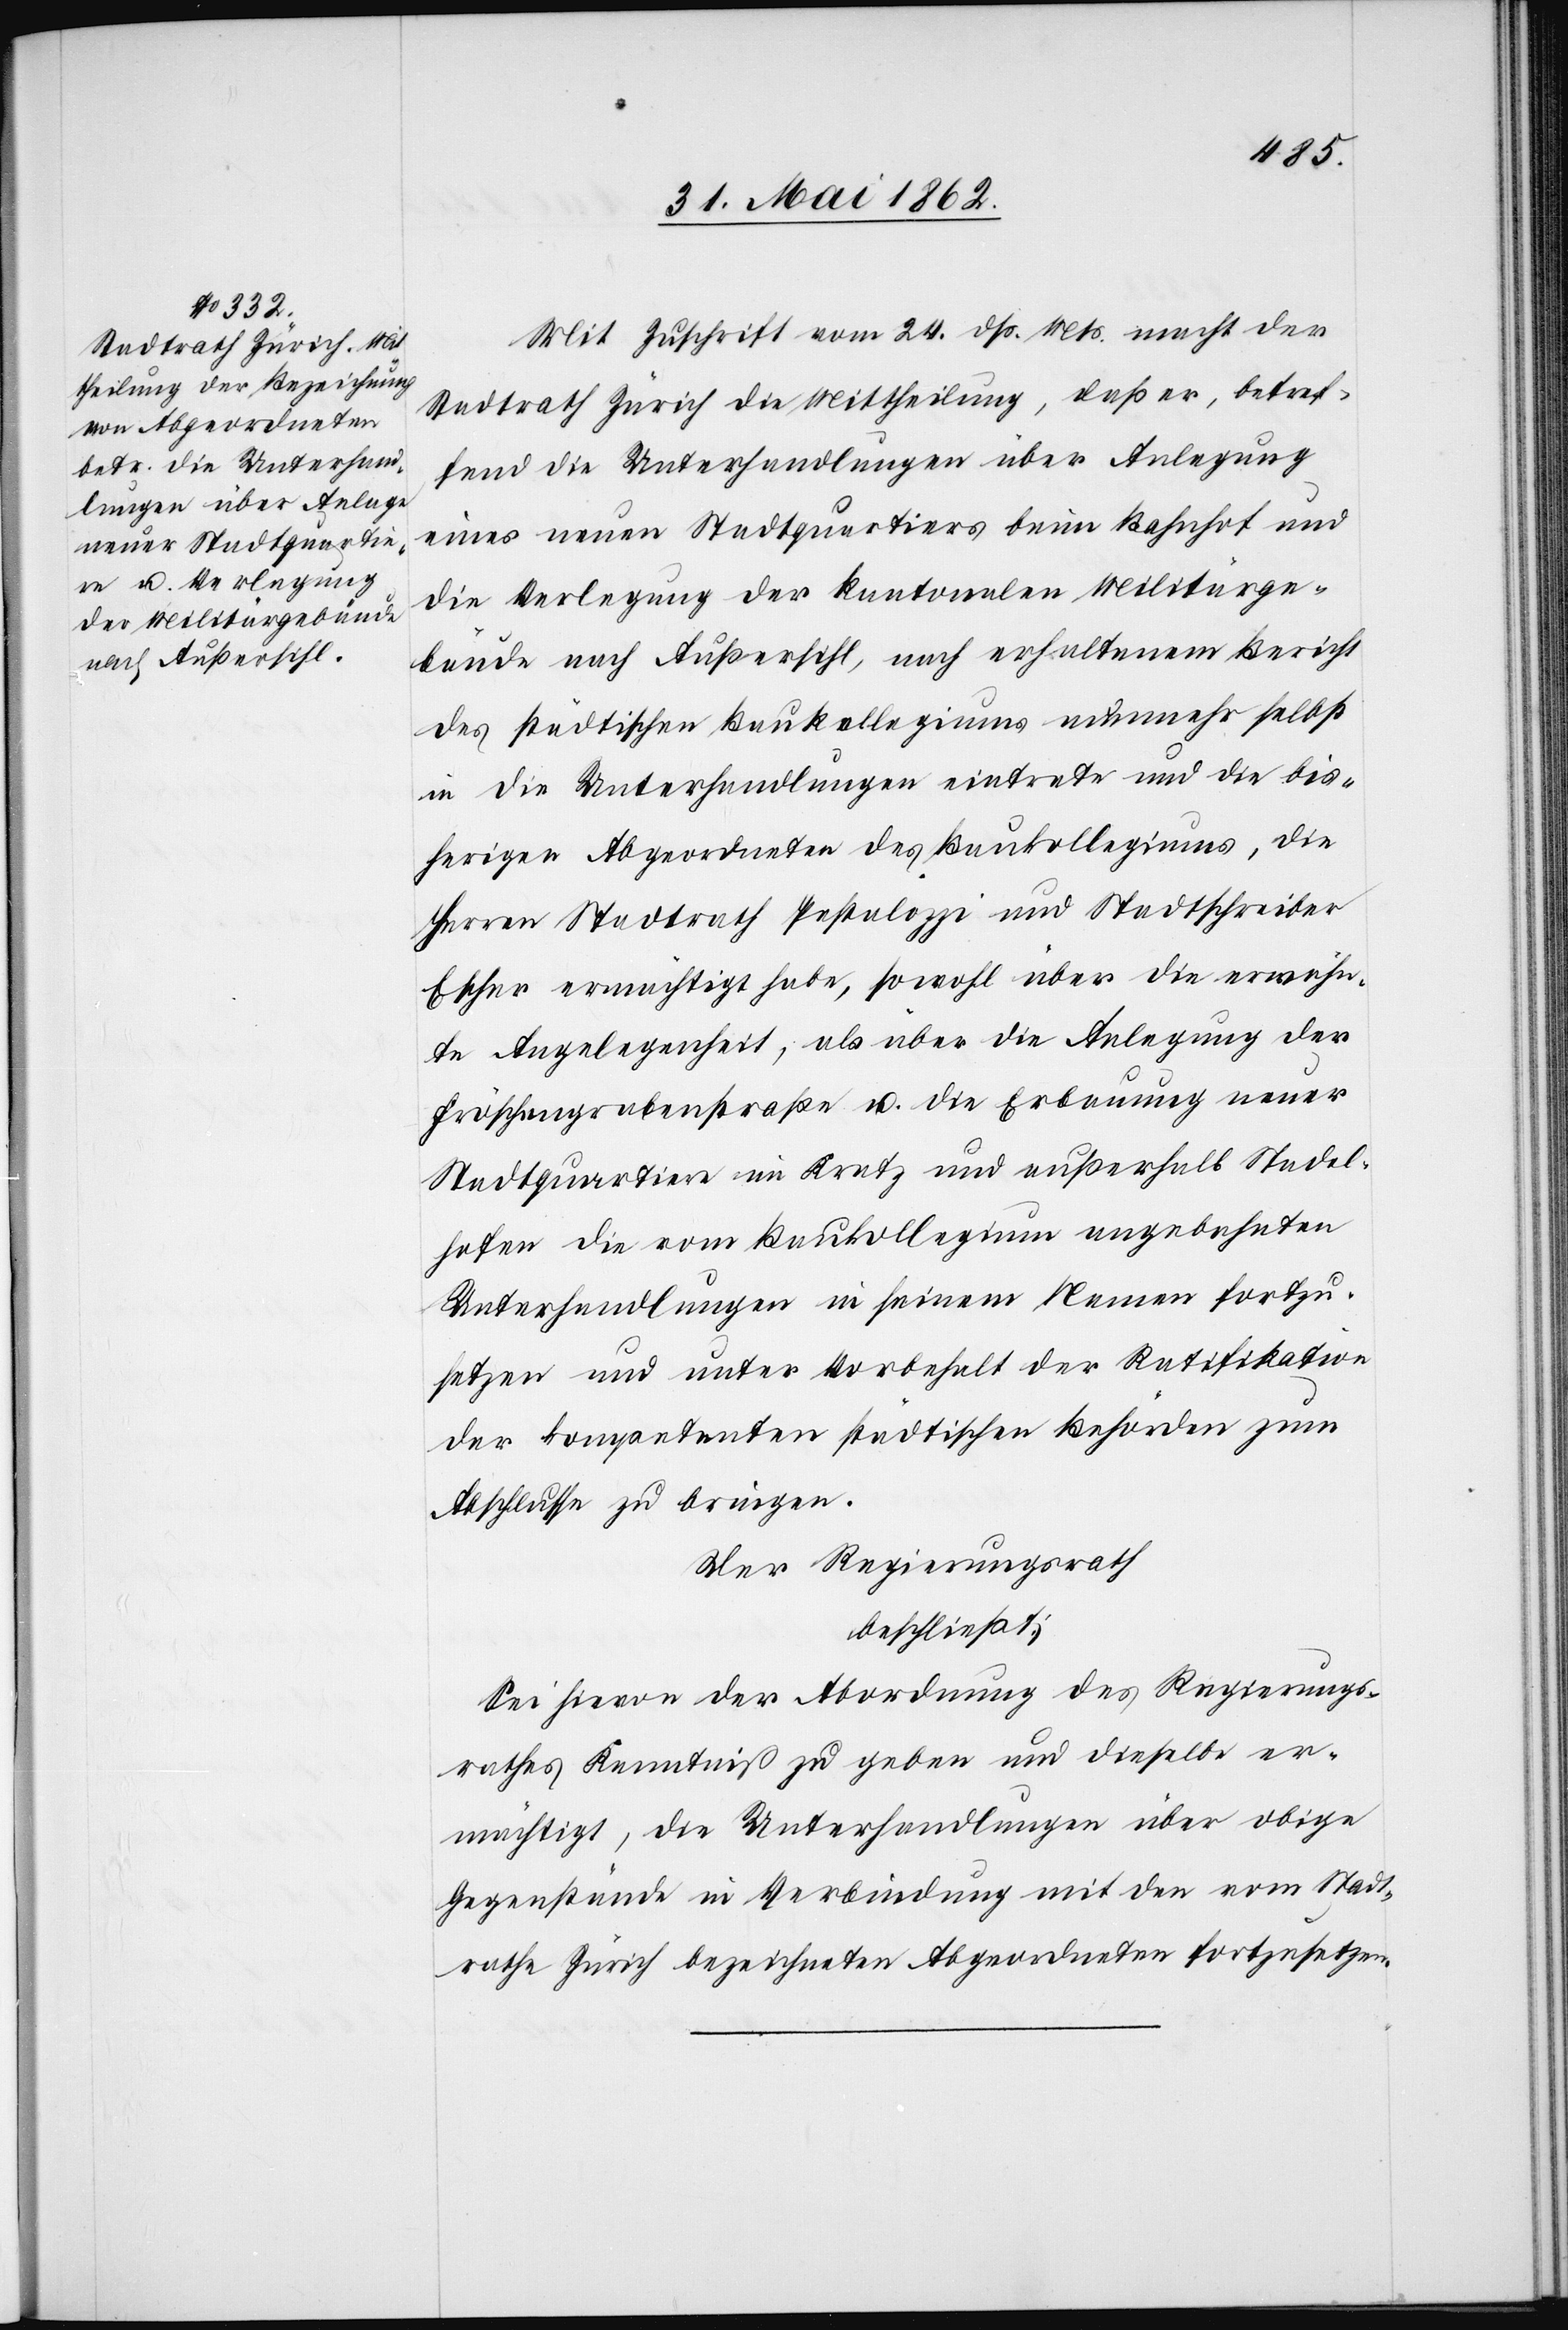
Mit Zuschrift vom 24. dß. Mts. macht der
Stadtrath Zürich die Mittheilung, daß er, betref¬
fend die Unterhandlungen über Anlegung
eines neuen Stadtquartiers beim Bahnhof und
die Verlegung der kantonalen Militärge¬
bäude nach Außersihl, nach erhaltenem Bericht
des städtischen Baukollegiums nunmehr selbst
in die Unterhandlungen eintrete und die bis¬
herigen Abgeordneten des Baukollegiums, die
Herren Stadtrath Pestalozzi und Stadtschreiber
Escher ermächtigt habe, sowohl über die erwähn¬
te Angelegenheit, als über die Anlegung der
Fröschengrabenstraße u. die Erbauung neuer
Stadtquartiere im Kretz und außerhalb Stadel¬
hofen die vom Baukollegium angebahnten
Unterhandlungen in seinem Namen fortzu¬
setzen und unter Vorbehalt der Ratifikation
der kompetenten städtischen Behörde zum
Abschlusse zu bringen.
Der Regierungsrath
beschließt:
Sei hievon der Abordnung des Regierungs¬
rathes Kenntniß zu geben und dieselbe er¬
mächtigt, die Unterhandlungen über obige
Gegenstände in Verbindung mit den vom Stadt¬
rathe Zürich bezeichneten Abgeordneten fortzusetzen.